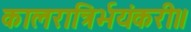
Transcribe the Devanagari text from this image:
कालरात्रिर्भयंकरी॥